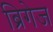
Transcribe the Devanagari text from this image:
ब्रिगेज